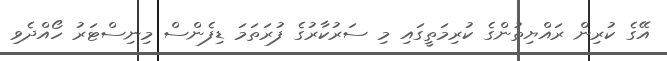
އޭގެ ކުރިން ރައްޔިތުންގެ ކުރިމަތީގައި މި ސަރުކާރުގެ ފުރަތަމަ ޑިފެންސް މިނިސްޓަރު ހޯއްދެވި